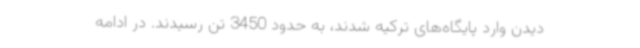
دیدن وارد پایگاه‌های ترکیه شدند، به حدود 3450 تن رسیدند. در ادامه